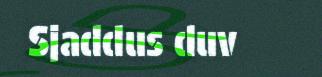
Sjaddus duv